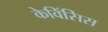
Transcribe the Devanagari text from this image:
केविंसिस